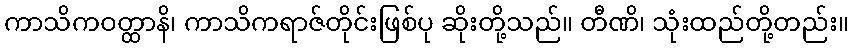
ကာသိကဝတ္ထာနိ၊ ကာသိကရာဇ်တိုင်းဖြစ်ပု ဆိုးတို့သည်။ တီဏိ၊ သုံးထည်တို့တည်း။